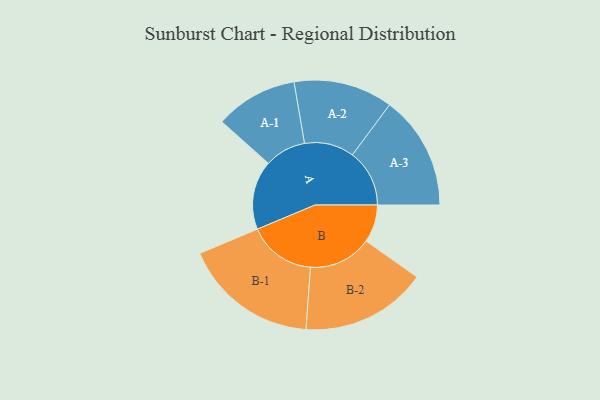
{"axis": {"x": "Segment", "y": "Value"}, "legend": ["", "A", "B"], "data": [{"x": "A", "y": 231, "type": ""}, {"x": "B", "y": 126, "type": ""}, {"x": "A-1", "y": 138, "type": "A"}, {"x": "A-2", "y": 166, "type": "A"}, {"x": "A-3", "y": 191, "type": "A"}, {"x": "B-1", "y": 226, "type": "B"}, {"x": "B-2", "y": 211, "type": "B"}]}